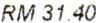
RM 31.40